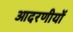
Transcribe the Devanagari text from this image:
आदरणीयों